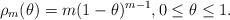
LaTeX: \begin{align*}\rho_m(\theta)=m(1-\theta)^{m-1},0\leq \theta\leq 1.\end{align*}